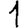
Digit: 1